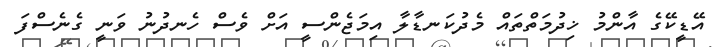
އޭޑީކޭގެ އާންމު ޚިދުމަތްތައް މެދުކަނޑާލާ އިމަޖެންސީ އަށް ވެސް ހެނދުނު ވަނީ ގެނެސްފަ